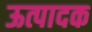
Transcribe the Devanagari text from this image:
ऊत्पादक